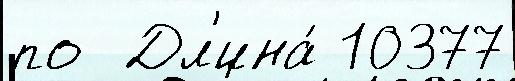
по  Дл'ина́ 10377